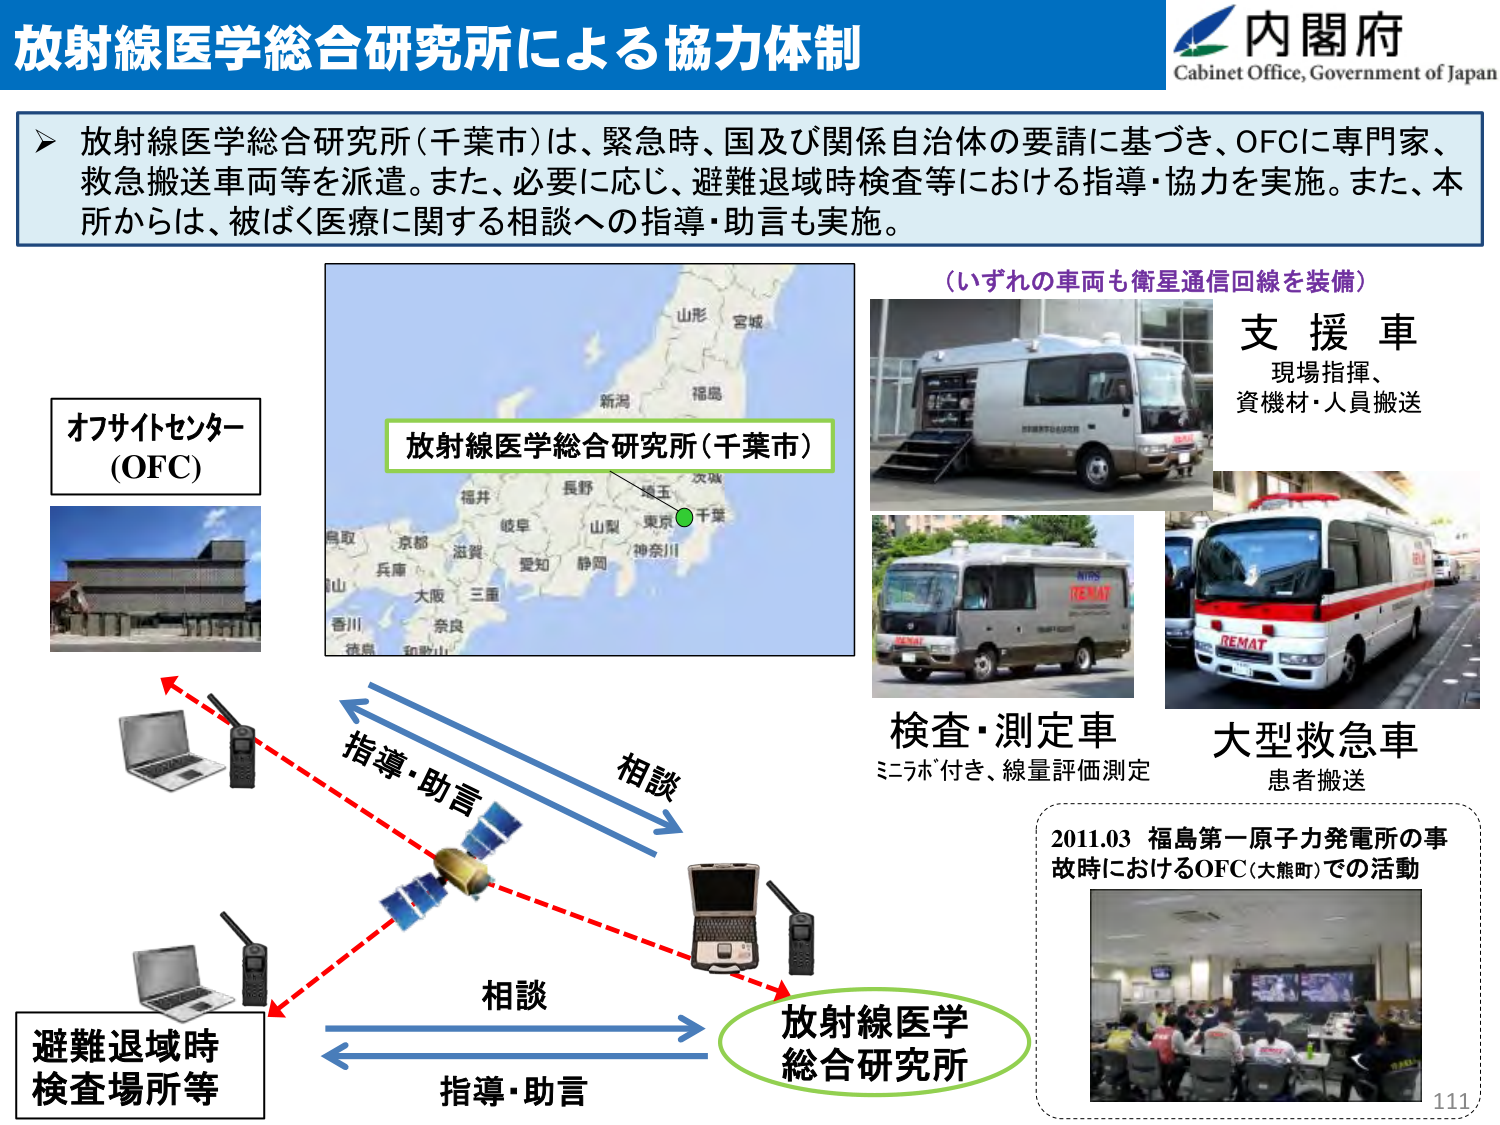
放射線医学総合研究所による協力体制

内閣府
Cabinet Office, Government of Japan

放射線医学総合研究所（千葉市）は、緊急時、国及び関係自治体の要請に基づき、OFCに専門家、救急搬送車両等を派遣。また、必要に応じ、避難退域時検査等における指導・協力を実施。また、本所からは、被ばく医療に関する相談への指導・助言も実施。

オフサイトセンター
(OFC)

放射線医学総合研究所（千葉市）

（いずれの車両も衛星通信回線を装備）

支援車
現場指揮、
資機材・人員搬送

検査・測定車
ミニラボ付き、線量評価測定

大型救急車
患者搬送

指導・助言
相談
相談
指導・助言

避難退域時
検査場所等

放射線医学
総合研究所

2011.03 福島第一原子力発電所の事故時におけるOFC（大熊町）での活動

111